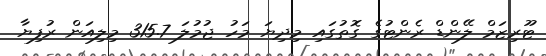
ޓޫރިޒަމް ލޭންޑް ރެންޓުގެ ގޮތުގައި މިދިޔަ މަހު ޖުމުލަ 315.7 މިލިއަން ރުފިޔާ